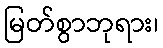
မြတ်စွာဘုရား၊